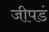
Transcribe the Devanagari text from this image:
जीपडं